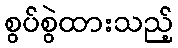
စွပ်စွဲထားသည့်